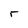
Character: r